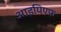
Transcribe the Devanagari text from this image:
आइपिएफ़